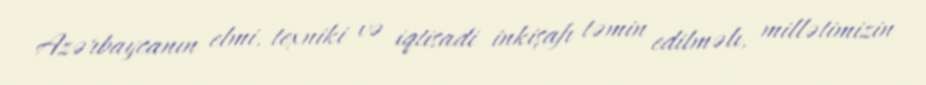
Azərbaycanın elmi, texniki və iqtisadi inkişafı təmin edilməlı, millətimizin